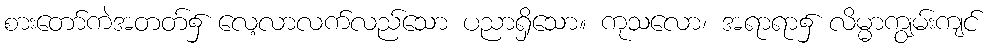
စားတော်ကဲအတတ်၌ လေ့လာလက်လည်သော ပညာရှိသော။ ကုသလော၊ အရာရာ၌ လိမ္မာကျွမ်းကျင်